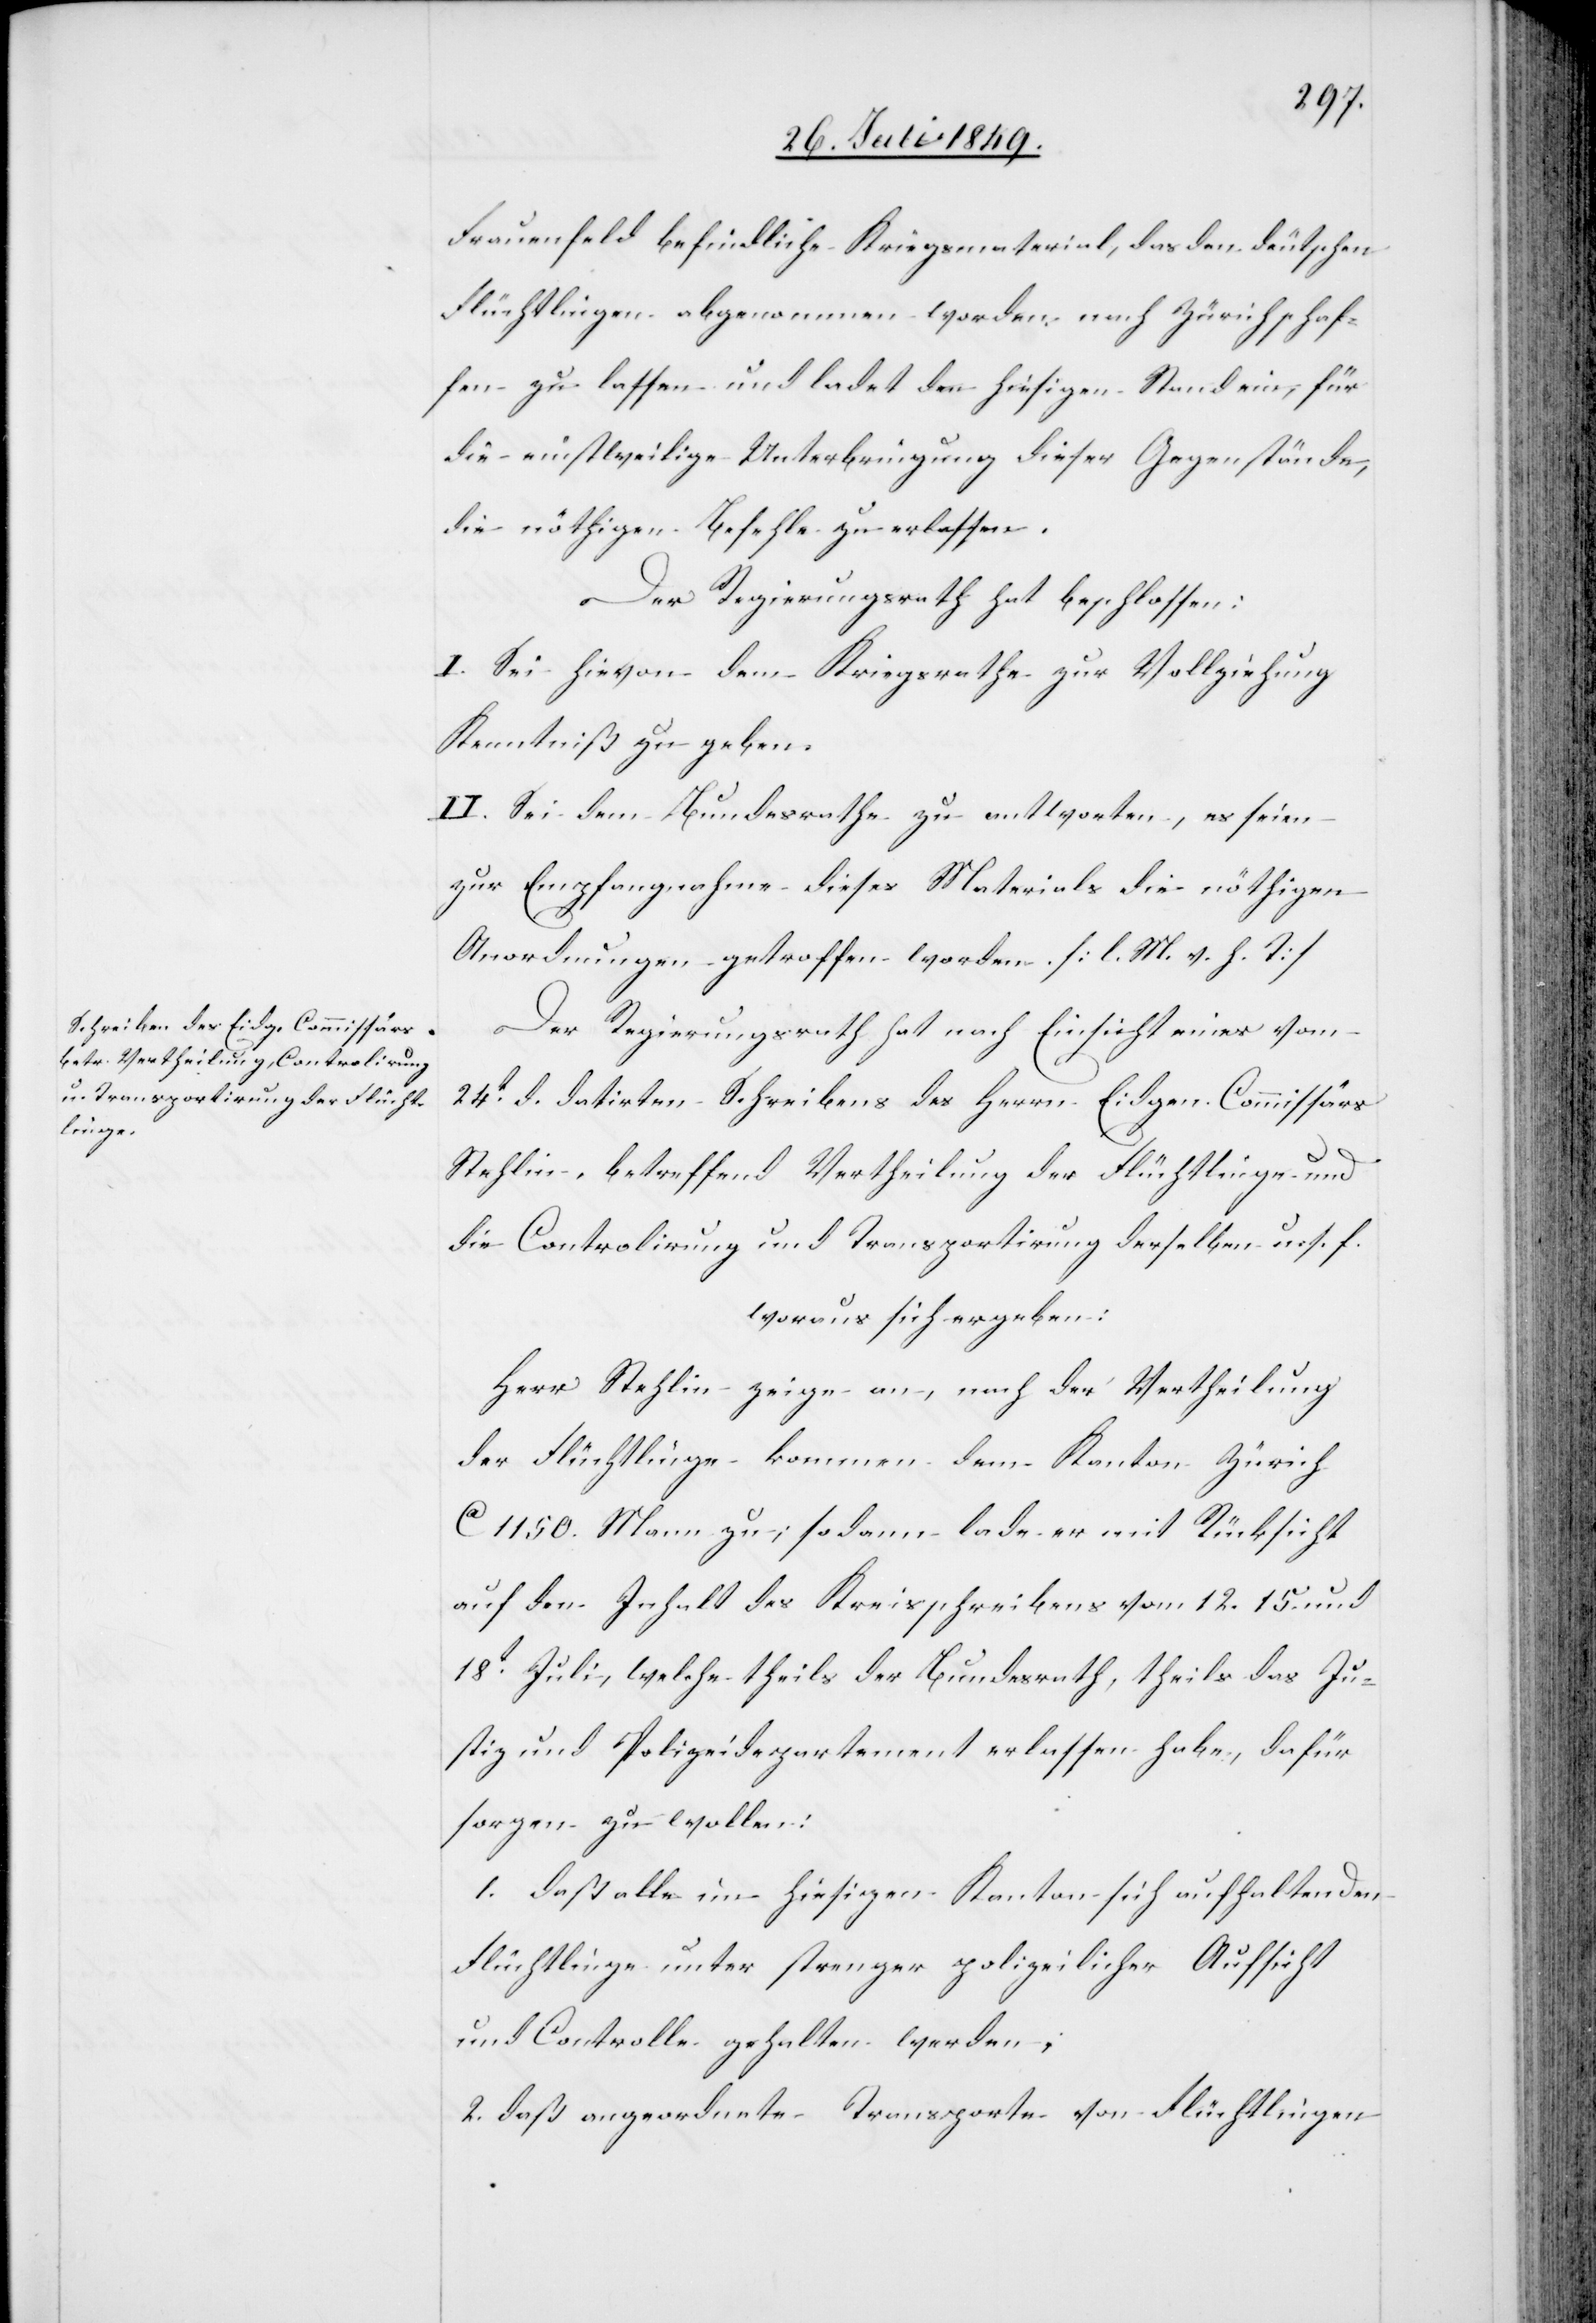
Frauenfeld befindliche Kriegsmaterial, das den deutschen
Flüchtlingen abgenommen worden nach Zürich schaf¬
fen zu lassen und ladet den hiesigen Stand ein, für
die einstweilige Unterbringung dieser Gegenstände,
die nöthigen Befehle zu erlassen.
Der Regierungsrath hat beschlossen:
I. Sei hievon dem Kriegsrathe zur Vollziehung
Kenntniß zu geben.
II. Sei dem Bundesrathe zu antworten, es seien
zur Empfangnahme dieses Material die nöthigen
Anordnungen getroffen worden. [l. M. v. h. T]
Der Regierungsrath hat nach Einsicht eines vom
24t d. datirten Schreibens des Herrn Eidgen. Commissärs
Stehlin, betreffend Vertheilung der Flüchtlinge und
die Controlirung und Transportirung derselben u. s. f.
woraus sich ergeben:
Herr Stehlin zeige an, nach der Vertheilung
der Flüchtlinge kommen dem Kanton Zürich
ca 1150. Mann zu; sodann lade er mit Rücksicht
auf den Inhalt des Kreisschreibens vom 12.[,] 15. und
18t Juli, welche theils der Bundesrath, theils das Ju¬
stiz[-] und Polizeidepartement erlassen habe, dafür
sorgen zu wollen:
1. daß alle im hiesigen Kanton sich aufhaltenden
Flüchtlinge unter strenger polizeilicher Aufsicht
und Controlle gehalten werden;
2. daß angeordnete Transporte von Flüchtlingen